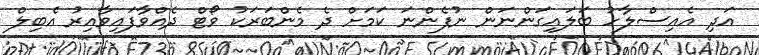
އަދި އެއިސްލާހު ބަލައިގަންނަން ނުފެންނަ ކަމަށް ދެ މެންބަރަކު ވޯޓް ދެއްވާފައިވާއިރު އެބިލް